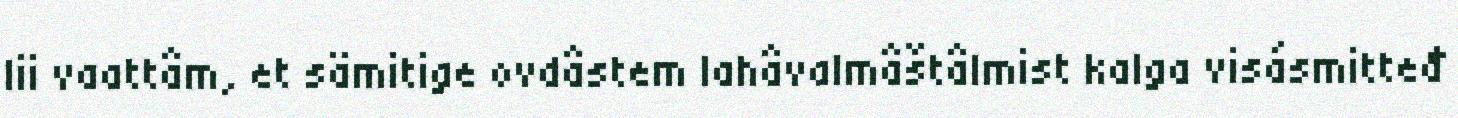
lii vaattâm, et sämitige ovdâstem lahâvalmâštâlmist kalga visásmitteđ